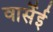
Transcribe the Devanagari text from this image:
वार्सेई